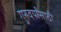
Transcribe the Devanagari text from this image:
गुरुवर्यांसाठी